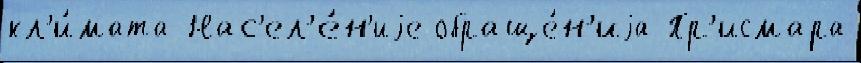
кл'и́мата Нас'ел'е́н'иjе обраще́н'иjа Пр'исмара